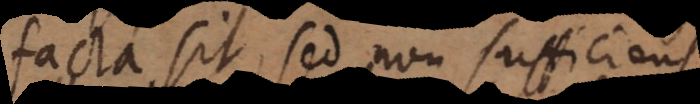
facta sit, sed non sufficiens